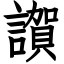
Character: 𧬂